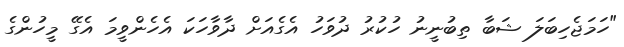
"ހަމަޖެހިބަލަ ޝަބާ ތިބުނީނު ހުކުރު ދުވަހު އެގެއަށް ދާވާހަކަ އެހެންވީމަ އެގޭ މީހުންގެ